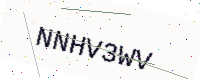
Text: NNHV3WV